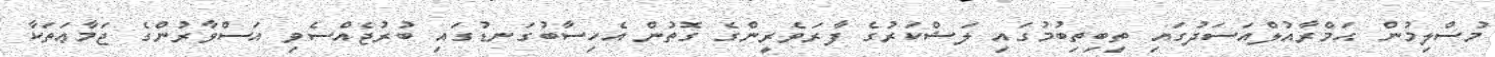
މުސްލިމުން ޙަމްރާއުލްއަސަދުގައި ތިބިތިބުމުގައި ލަޝްކަރުގެ ފާރަވެރީންގެ ގޮތުން އެހިސާބުގަނޑުގައި ބުރުޖެއްސެވި އަސްވާރުންގެ ޖަމާޢަތަކާ